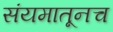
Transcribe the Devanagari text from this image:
संयमातूनच